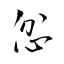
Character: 忿